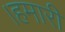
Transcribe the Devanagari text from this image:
।हमारी